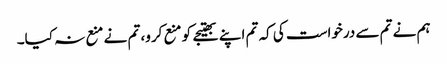
ہم نے تم سے درخواست کی کہ تم اپنے بھتیجے کو منع کرو، تم نے منع نہ کیا۔